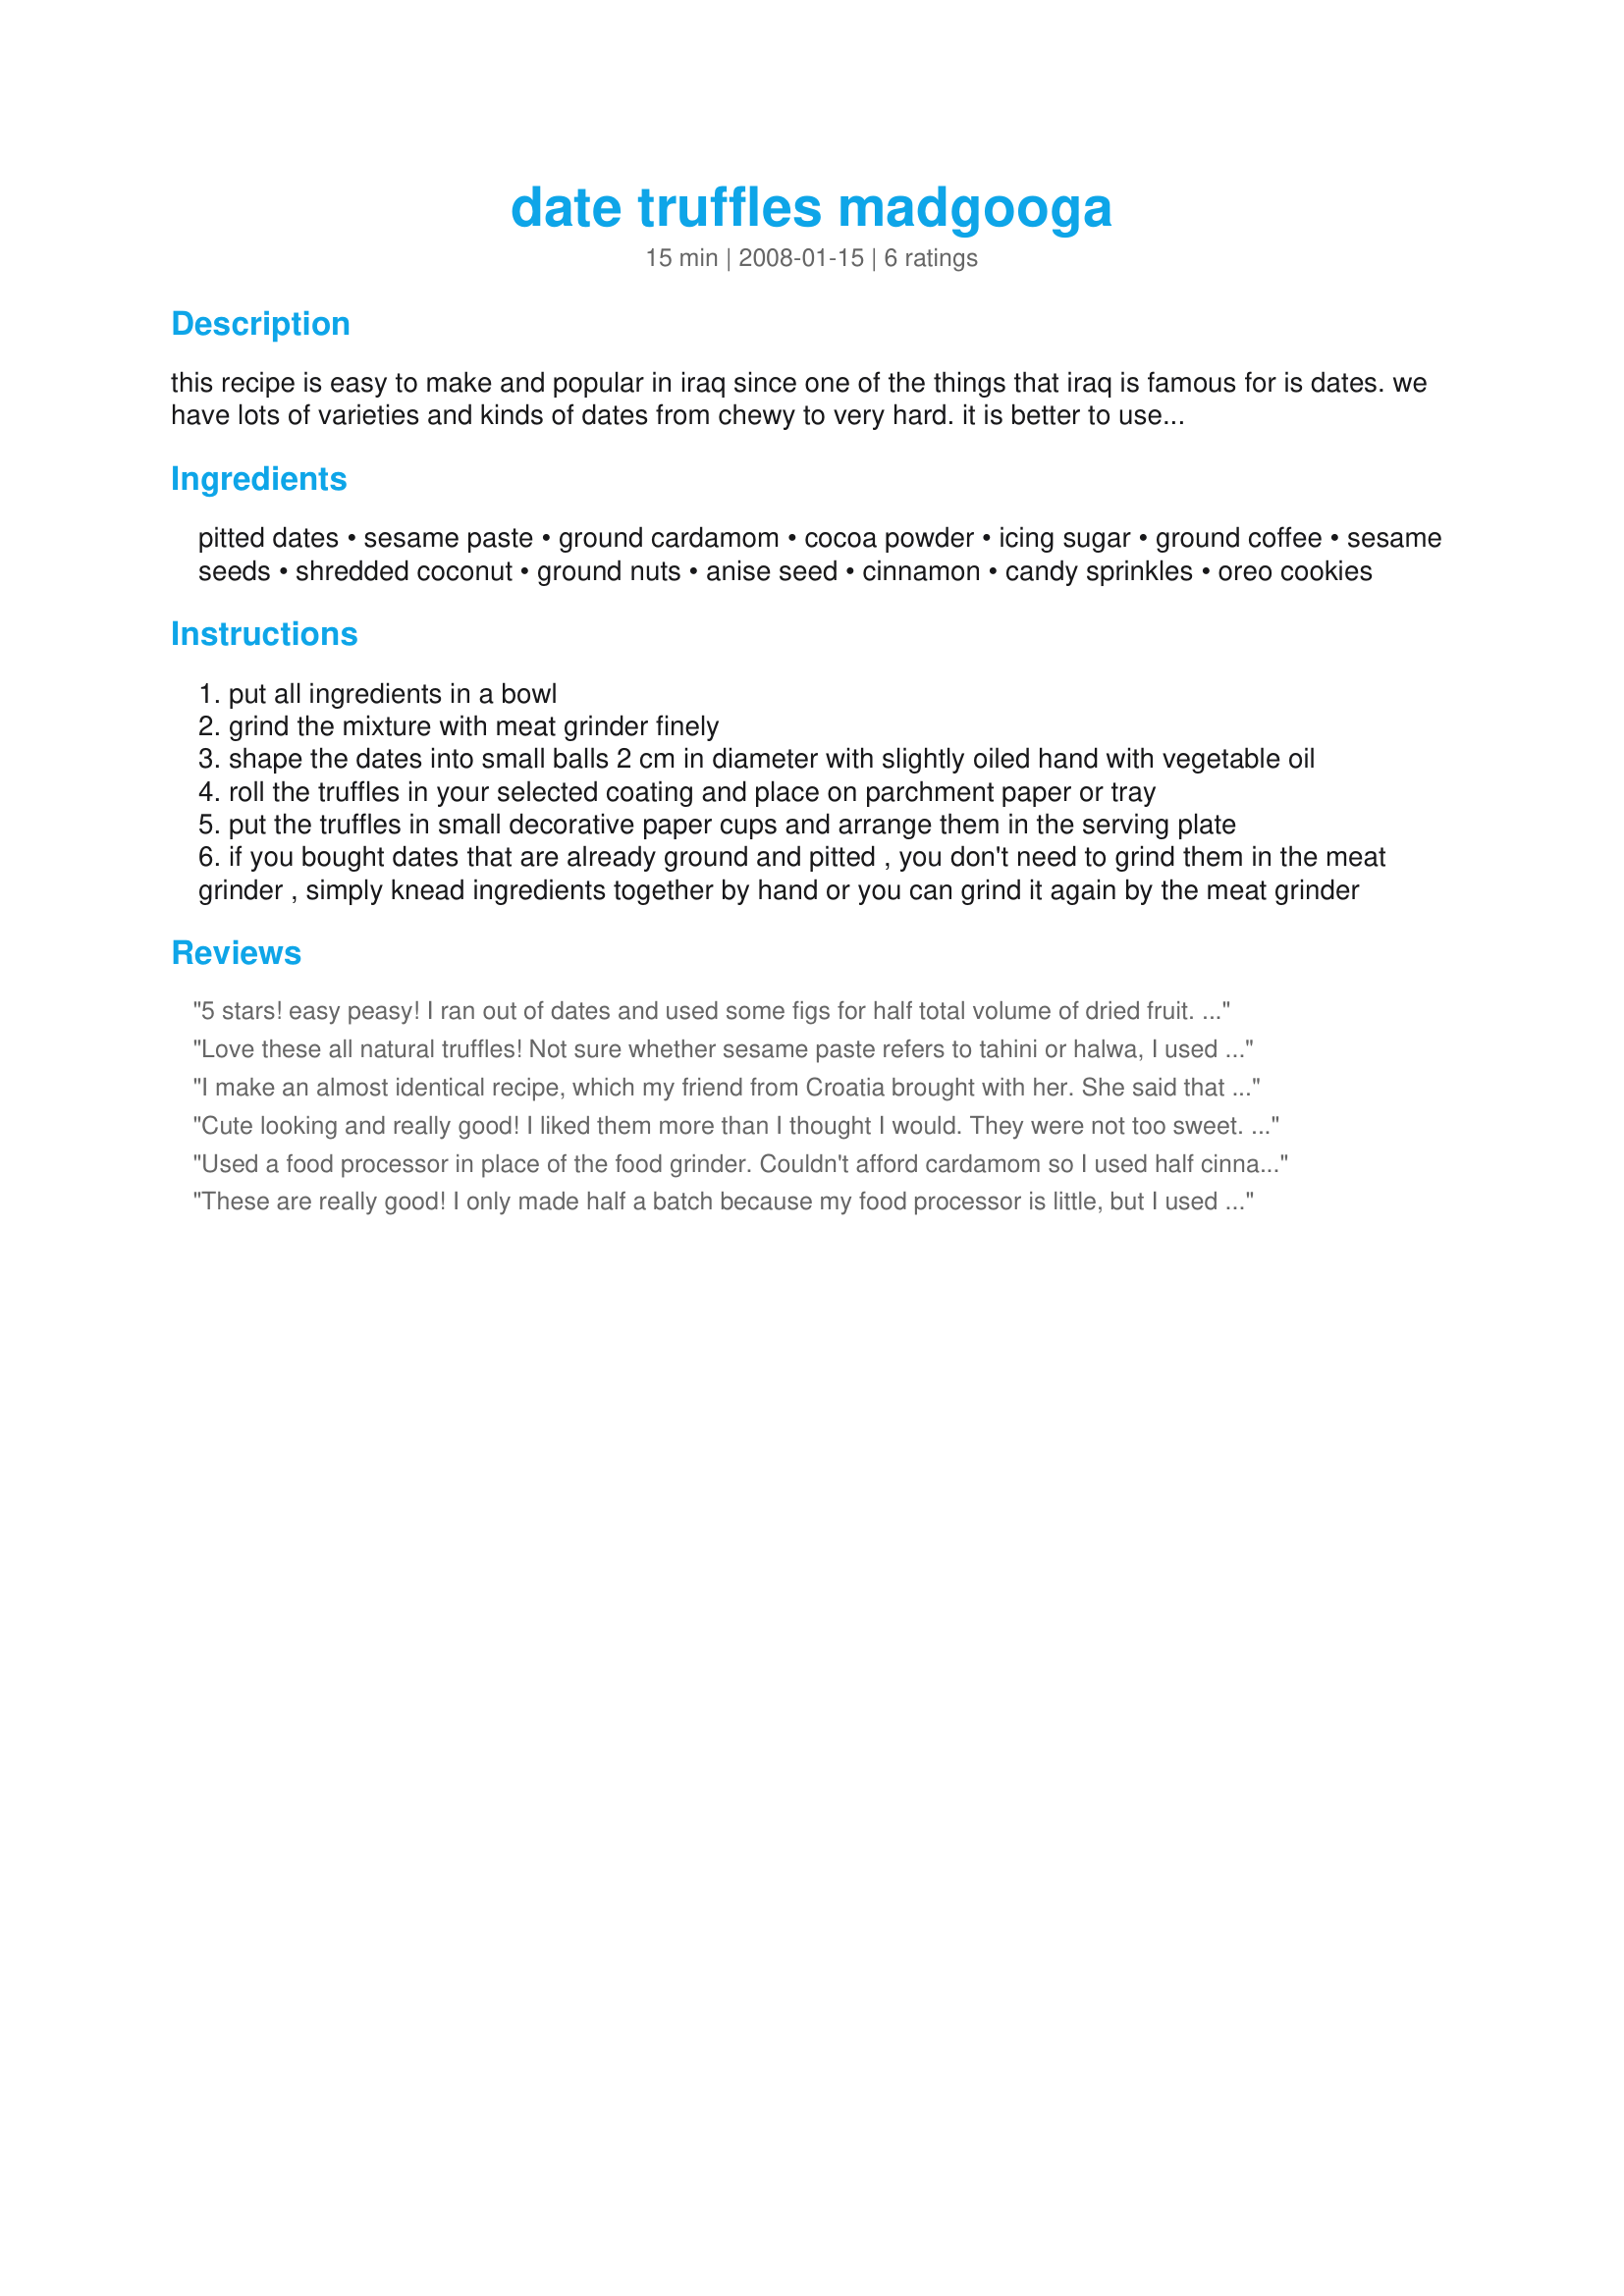
date truffles madgooga
Preparation time: 15 minutes

this recipe is easy to make and popular in iraq since one of the things that iraq is famous for is dates. we have lots of varieties and kinds of dates from chewy to very hard. it is better to use this recipe with hard type of dates (called kasab) not soft, but you could use soft dates if you didn't find hard dates. sometimes ii use already-crushed dates from the market and it goes well too.
there are lots of varieties for the coating of the truffles, use as many coatings as you like according to your personal taste.

Ingredients:
pitted dates, sesame paste, ground cardamom, cocoa powder, icing sugar, ground coffee, sesame seeds, shredded coconut, ground nuts, anise seed, cinnamon, candy sprinkles, oreo cookies

Steps:
put all ingredients in a bowl
grind the mixture with meat grinder finely
shape the dates into small balls 2 cm in diameter with slightly oiled hand with vegetable oil
roll the truffles in your selected coating and place on parchment paper or tray
put the truffles in small decorative paper cups and arrange them in the serving plate
if you bought dates that are already ground and pitted , you don't need to grind them in the meat grinder , simply knead ingredients together by hand or you can grind it again by the meat grinder

Reviews:
5 stars! easy peasy! I ran out of dates and used some figs for half total volume of dried fruit. I rolled in all the suggested toppings and also tried -other combos: 1) cocoa nibs and 2) a mixture of cinnamon and sugar, 3) carob powder, all were a hit. Will make again. I took all the leftover ingredients from the rolling step and mixed together and added to oatmeal next day for an interesting breakfast.
Love these all natural truffles! Not sure whether sesame paste refers to tahini or halwa, I used halwa. Way to go, perfect!
I make an almost identical recipe, which my friend from Croatia brought with her. She said that she has used dried figs when dates weren't available, though I've never tried that, yet.
Cute looking and really good! I liked them more than I thought I would. They were not too sweet. I did use Parnoosh soft Iranian dates as that is what I had on hand. They were easy to blend up with my hands but I can see the texture may be a bit better with harder type dates. I made my own sesame paste grinding sesame seeds with a very little bit of canola oil with my pestle and mortar and added a bit of tahini only because it wasn't enough (another time I used all store bought tahini). I am assuming that is what sesame paste is referring to anyway? I also seeded & crushed my own hail (cardamom, I may have used a bit more than called for as I love it, another time I used ground cinnamon as I was lazy to grind cardamom and it was good as well). I coated the truffles with carob powder (my favorite), sesame seeds, unsweetened dedicated coconut & ground pistachio nuts (my second favorite). I would like to make these again for DH with Arab brewed tea or maybe during Ramadan as a selection with sweets. Made for Spring 2011 (PAC) Pick A Chef.
Used a food processor in place of the food grinder. Couldn't afford cardamom so I used half cinnamon and half nutmeg. I used cocoa, coffee, sesame seeds and coconut to coat them. My DB said he liked the sesame the best. He ate two before I could save them.
These are really good! I only made half a batch because my food processor is little, but I used the full amout of cardamom. Wow! These were good! Reviewed for Pick-A-Chef
